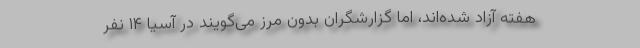
هفته آزاد شده‌اند، اما گزارشگران بدون مرز می‌گویند در آسیا ۱۴ نفر